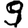
Digit: 9